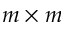
m \times m